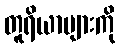
တူရိယာများကို